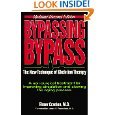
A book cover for Bypassing Bypass; Health, Fitness & Dieting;